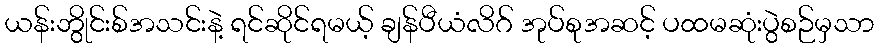
ယန်းဘွိုင်းစ်အသင်းနဲ့ ရင်ဆိုင်ရမယ့် ချန်ပီယံလိဂ် အုပ်စုအဆင့် ပထမဆုံးပွဲစဉ်မှသာ